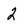
Character: 2